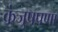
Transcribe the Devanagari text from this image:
कंजुषपणा